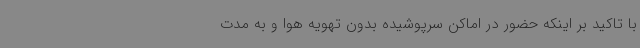
با تاکید بر اینکه حضور در اماکن سرپوشیده بدون تهویه هوا و به مدت